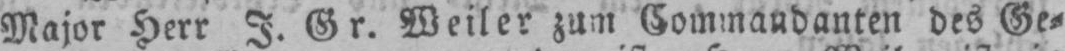
Major Herr J. Gr. Weiler zum Commandanten des Ge⸗